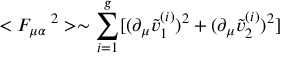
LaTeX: < F _ { \mu \alpha } ^ { \quad 2 } > \sim \sum _ { i = 1 } ^ { g } [ ( \partial _ { \mu } \tilde { v } _ { 1 } ^ { ( i ) } ) ^ { 2 } + ( \partial _ { \mu } \tilde { v } _ { 2 } ^ { ( i ) } ) ^ { 2 } ]